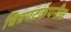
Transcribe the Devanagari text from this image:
चित्रपटकंपनीत